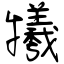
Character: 犧